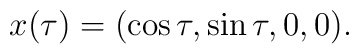
x(\tau)=(\cos \tau, \sin \tau, 0, 0).